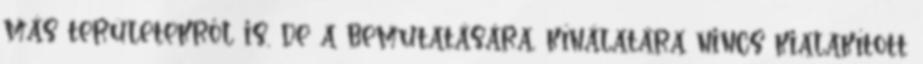
más területekről is, de a bemutatására, kínálatára nincs kialakított